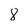
Character: 8